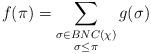
LaTeX: \begin{align*}f(\pi) = \sum_{\substack{\sigma \in BNC(\chi) \\ \sigma \leq \pi}} g(\sigma)\end{align*}